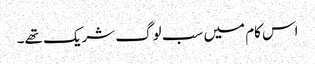
اس کام میں سب لوگ شریک تھے۔